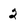
Character: 2